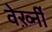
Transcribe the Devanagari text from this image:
वेर्ख़्नी